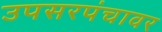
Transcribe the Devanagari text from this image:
उपसरपंचावर